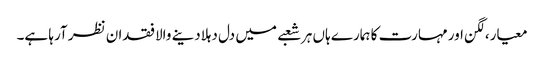
معیار،لگن اور مہارت کا ہمارے ہاں ہر شعبے میں دل دہلادینے والا فقدان نظر آرہا ہے۔